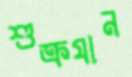
শুক্রযান